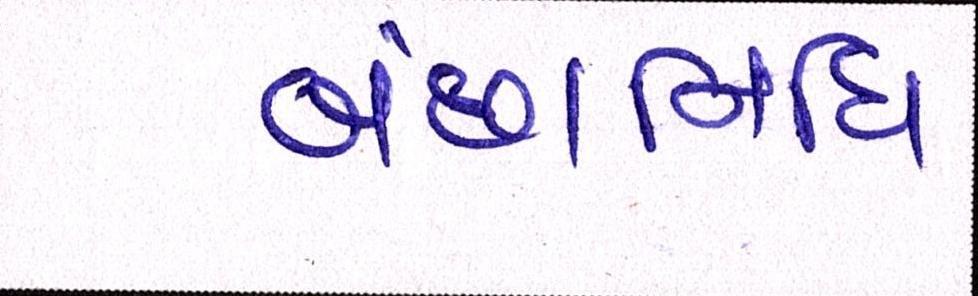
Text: બંછાનિધિ